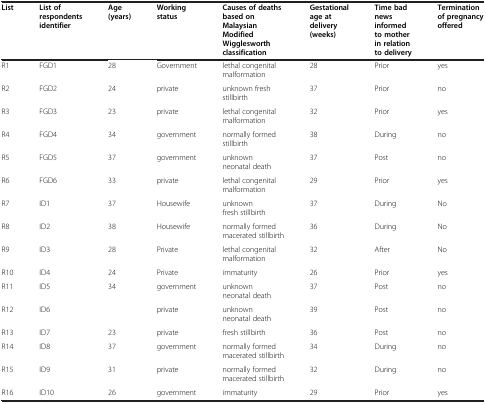
<table><thead><tr><td><b>List</b></td><td><b>List of respondents identifier</b></td><td><b>Age (years)</b></td><td><b>Working status</b></td><td><b>Causes of deaths based on Malaysian Modified Wigglesworth classification</b></td><td><b>Gestational age at delivery (weeks)</b></td><td><b>Time bad news informed to mother in relation to delivery</b></td><td><b>Termination of pregnancy offered</b></td></tr></thead><tbody><tr><td>R1</td><td>FGD1</td><td>28</td><td>Government</td><td>lethal congenital malformation</td><td>28</td><td>Prior</td><td>yes</td></tr><tr><td>R2</td><td>FGD2</td><td>24</td><td>private</td><td>unknown fresh stillbirth</td><td>37</td><td>Prior</td><td>no</td></tr><tr><td>R3</td><td>FGD3</td><td>23</td><td>private</td><td>lethal congenital malformation</td><td>32</td><td>Prior</td><td>yes</td></tr><tr><td>R4</td><td>FGD4</td><td>34</td><td>government</td><td>normally formed stillbirth</td><td>38</td><td>During</td><td>no</td></tr><tr><td>R5</td><td>FGD5</td><td>37</td><td>government</td><td>unknown neonatal death</td><td>37</td><td>Post</td><td>no</td></tr><tr><td>R6</td><td>FGD6</td><td>33</td><td>private</td><td>lethal congenital malformation</td><td>29</td><td>Prior</td><td>yes</td></tr><tr><td>R7</td><td>ID1</td><td>37</td><td>Housewife</td><td>unknown fresh stillbirth</td><td>37</td><td>During</td><td>No</td></tr><tr><td>R8</td><td>ID2</td><td>38</td><td>Housewife</td><td>normally formed macerated stillbirth</td><td>36</td><td>During</td><td>No</td></tr><tr><td>R9</td><td>ID3</td><td>28</td><td>Private</td><td>lethal congenital malformation</td><td>32</td><td>After</td><td>No</td></tr><tr><td>R10</td><td>ID4</td><td>24</td><td>Private</td><td>immaturity</td><td>26</td><td>Prior</td><td>yes</td></tr><tr><td>R11</td><td>ID5</td><td>34</td><td>government</td><td>unknown neonatal death</td><td>37</td><td>Post</td><td>no</td></tr><tr><td>R12</td><td>ID6</td><td> </td><td>private</td><td>unknown neonatal death</td><td>39</td><td>Post</td><td>no</td></tr><tr><td>R13</td><td>ID7</td><td>23</td><td>private</td><td>fresh stillbirth</td><td>36</td><td>Post</td><td>no</td></tr><tr><td>R14</td><td>ID8</td><td>37</td><td>government</td><td>normally formed macerated stillbirth</td><td>34</td><td>During</td><td>no</td></tr><tr><td>R15</td><td>ID9</td><td>31</td><td>private</td><td>normally formed macerated stillbirth</td><td>32</td><td>During</td><td>no</td></tr><tr><td>R16</td><td>ID10</td><td>26</td><td>government</td><td>immaturity</td><td>29</td><td>Prior</td><td>yes</td></tr></tbody></table>